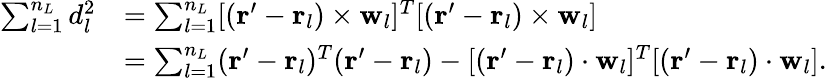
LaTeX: \begin{array}{rl}{\sum_{l=1}^{n_{L}}d_{l}^{2}}&{=\sum_{l=1}^{n_{L}}[(\mathbf{r}^{\prime}-\mathbf{r}_{l})\times\mathbf{w}_{l}]^{T}[(\mathbf{r}^{\prime}-\mathbf{r}_{l})\times\mathbf{w}_{l}]}\\ &{=\sum_{l=1}^{n_{L}}(\mathbf{r}^{\prime}-\mathbf{r}_{l})^{T}(\mathbf{r}^{\prime}-\mathbf{r}_{l})-[(\mathbf{r}^{\prime}-\mathbf{r}_{l})\cdot\mathbf{w}_{l}]^{T}[(\mathbf{r}^{\prime}-\mathbf{r}_{l})\cdot\mathbf{w}_{l}].}\end{array}